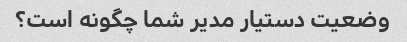
وضعیت دستیار مدیر شما چگونه است؟